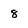
Character: 8